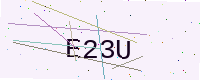
Text: E23U